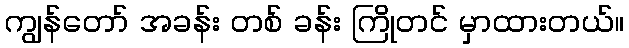
ကျွန်တော် အခန်း တစ် ခန်း ကြိုတင် မှာထားတယ်။